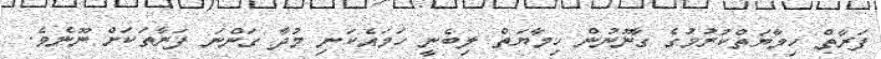
ފަރާތް ހިމާޔަތްކުރުމުގެ ގާނޫނުން ހިމާޔަތް ލިބެނީ ހަމައެކަނި މުދާ ގަންނަ ފަރާތަކަށް ނޫނެވެ.